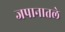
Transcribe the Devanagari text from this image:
जपानातले